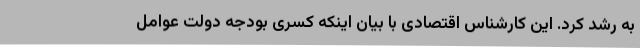
به رشد کرد. این کارشناس اقتصادی با بیان اینکه کسری بودجه دولت عوامل